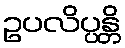
ဥပလိပ္ပန္တိ